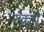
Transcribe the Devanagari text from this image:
स्क्र्यु